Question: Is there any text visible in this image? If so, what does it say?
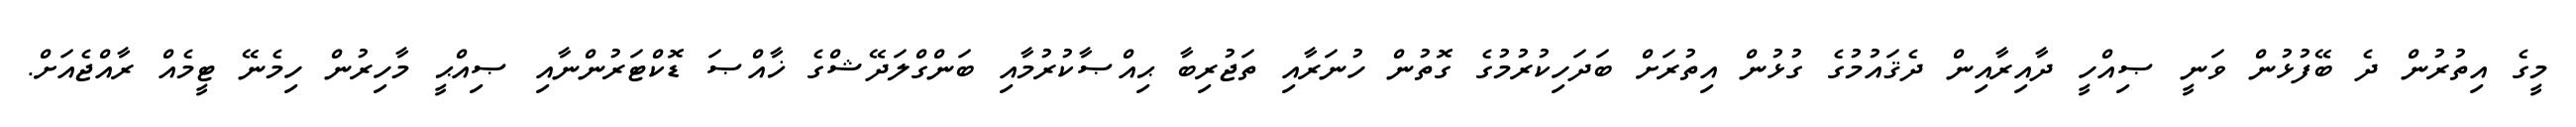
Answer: މީގެ އިތުރުން ދެ ބޭފުޅުން ވަނީ ޞިއްހީ ދާއިރާއިން ދެޤައުމުގެ ގުޅުން އިތުރަށް ބަދަހިކުރުމުގެ ގޮތުން ހުނަރާއި ތަޖުރިބާ ޙިއްޞާކުރުމާއި ބަންގްލަދޭޝްގެ ޚާއްޞަ ޑޮކްޓަރުންނާއި ޞިއްޙީ މާހިރުން ހިމެނޭ ޓީމެއް ރާއްޖެއަށް.